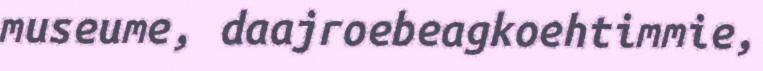
museume, daajroebeagkoehtimmie,